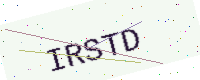
Text: IRSTD